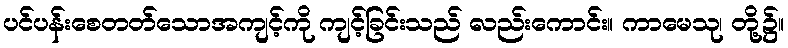
ပင်ပန်းစေတတ်သောအကျင့်ကို ကျင့်ခြင်းသည် လည်းကောင်း။ ကာမေသု၊ တို့၌။